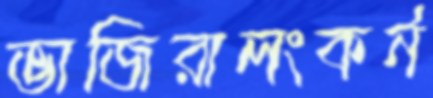
ভাজিরালংকর্ন